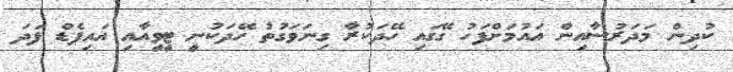
ކުދިން މަދަރުސާއިން އައުމަށްފަހު ގޭގައި ހޭދަކުރާ ގިނަވަގުތު ހޭދަކުނީ ޓީވީއާއި އައިޕެޑް ފަދަ